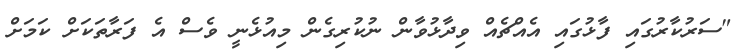
"ސަރުކާރުގައި ފާޅުގައި އެއްޗެއް ވިދާޅުވާން ނުކުރިގެން މިއުޅެނީ ވެސް އެ ފަރާތަކަށް ކަމަށް